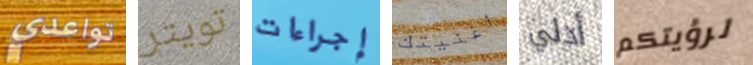
تواعدي تويتر إجراءات أغنيتك أدلي لرؤيتكم